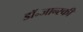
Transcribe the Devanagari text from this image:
डॉ॰जान्स्की